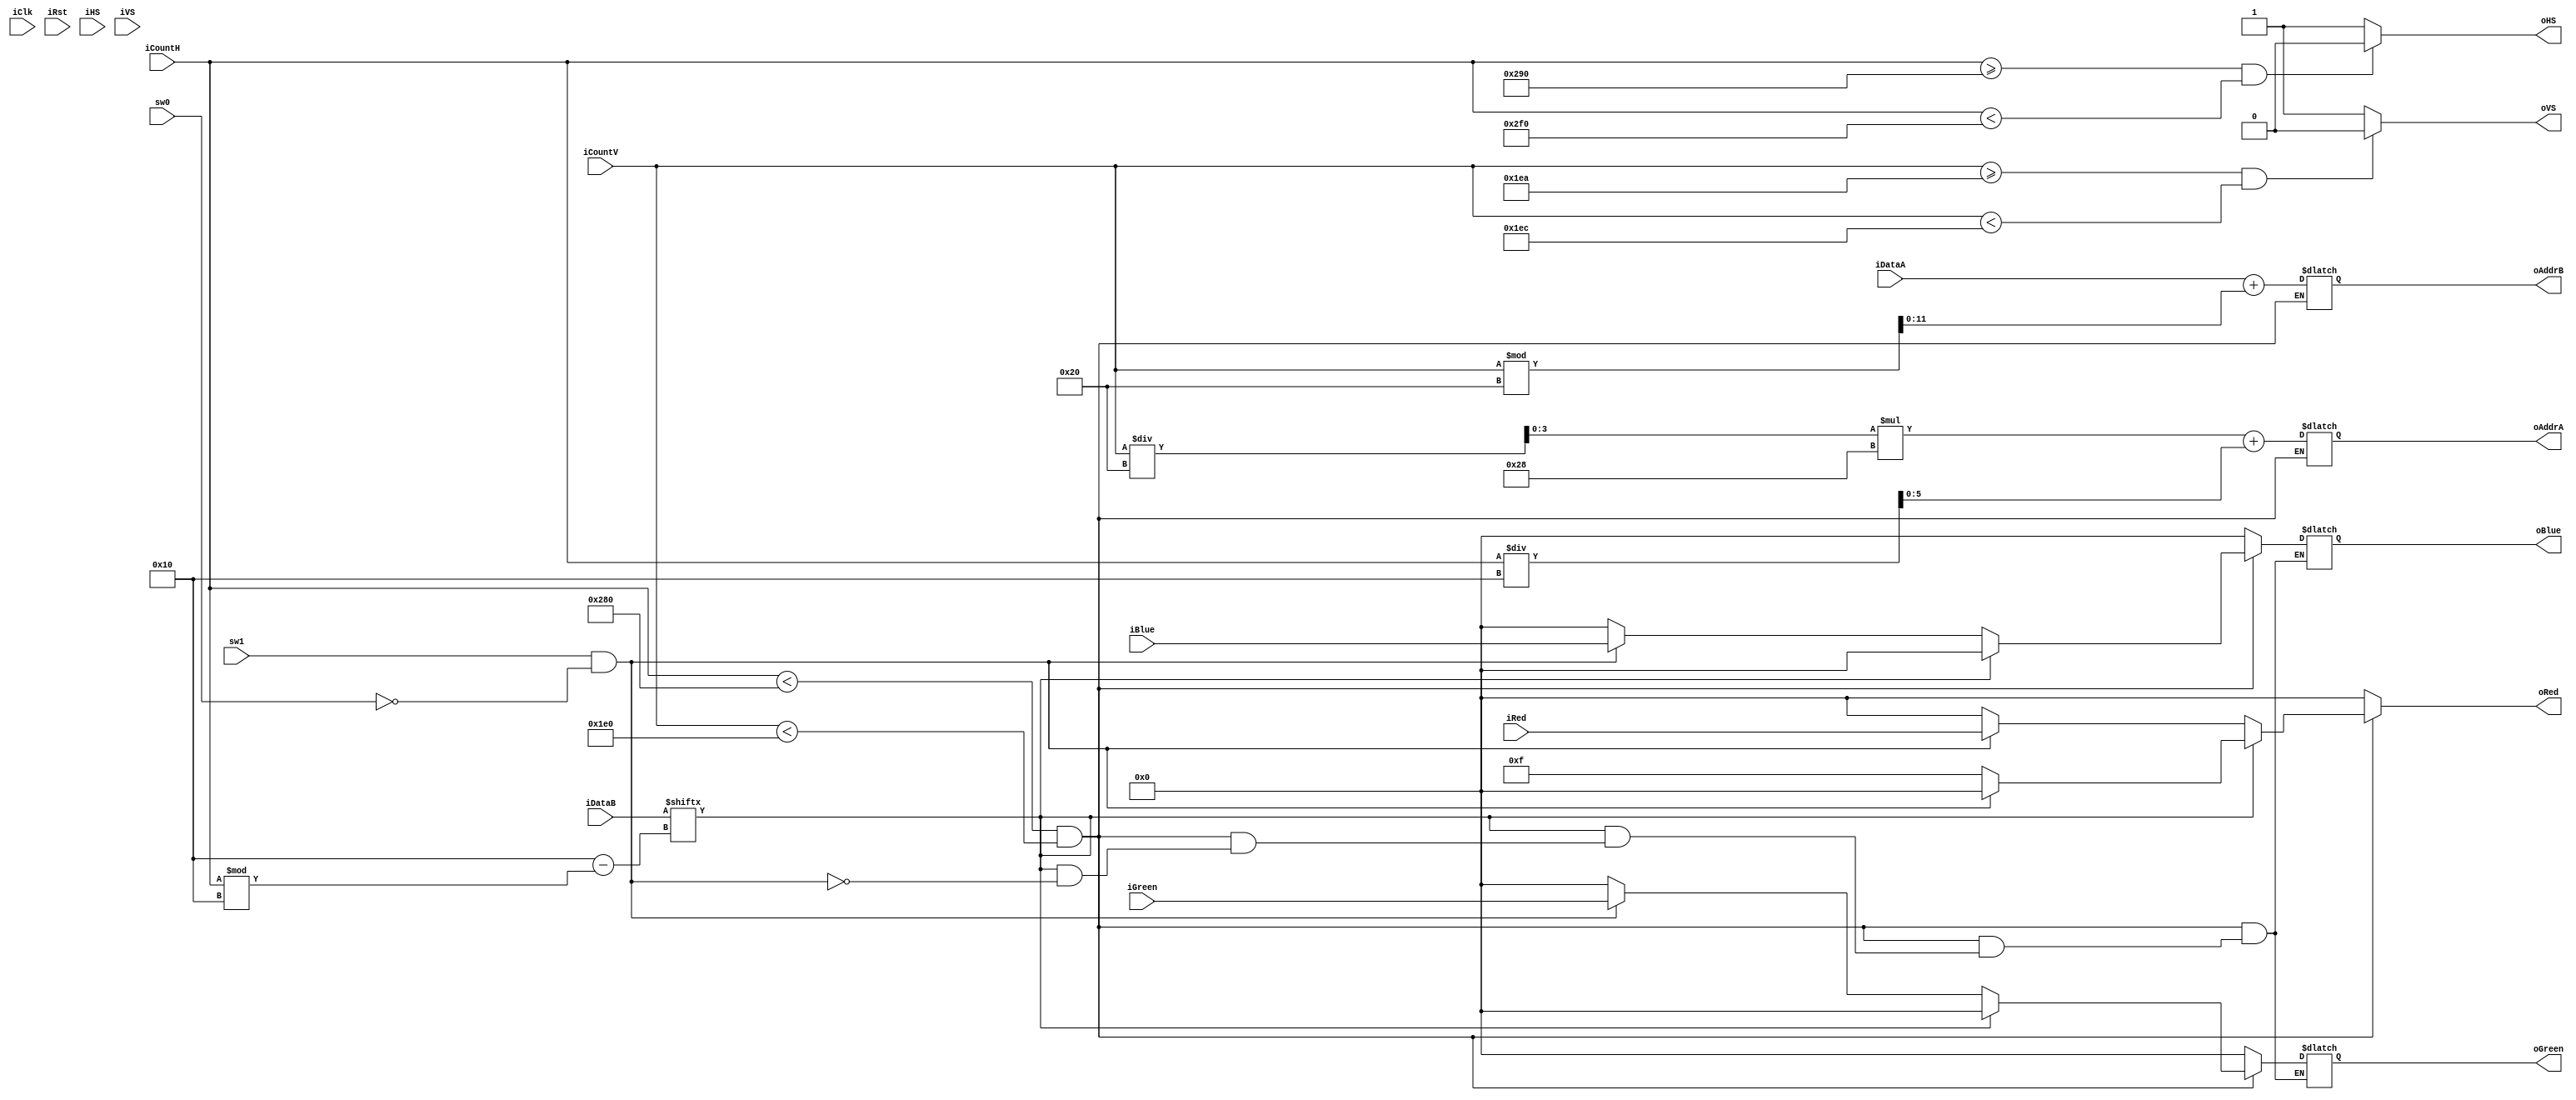
`timescale 1ns / 1ps

module VGA_pattern #(
        parameter WIDTH     = 640,
        parameter H_FP      = 16,
        parameter H_PW      = 96,
        parameter H_BP      = 48,
        parameter H_TOT     = WIDTH + H_FP + H_PW + H_BP,
        
        parameter HEIGHT    = 480,
        parameter V_FP      = 10,
        parameter V_PW      = 2,
        parameter V_BP      = 33,
        parameter V_TOT     = HEIGHT + V_FP + V_PW + V_BP
    )
    (
        input  wire iClk, iRst, iHS, iVS, sw0, sw1,
        input  wire [$clog2(H_TOT)-1:0] iCountH,
        input  wire [$clog2(V_TOT)-1:0] iCountV,
        input  wire [11:0] iDataA,
        input  wire [15:0] iDataB,
        output wire oHS, oVS,
        
        input wire [3:0] iRed, iGreen, iBlue,
        output wire [3:0] oRed, oGreen, oBlue,
        
        output wire [9:0] oAddrA,
        output wire [11:0] oAddrB
       
    );
    
    reg [3:0] r_oRed, r_oGreen, r_oBlue;
    reg [9:0] r_oAddrA;
    reg [11:0] r_oAddrB;
    reg [$clog2(40)-1:0] Cx;
    reg [$clog2(15)-1:0] Cy;
    
    assign oHS = ((iCountH >= (WIDTH + H_FP)) && (iCountH <( H_TOT-H_BP))) ? 0 : 1;
    assign oVS = ((iCountV >= (HEIGHT + V_FP)) && (iCountV < (V_TOT-V_BP))) ? 0 : 1;
    
    always @(*)
    begin
        if((iCountH < WIDTH) && (iCountV < HEIGHT))
            begin
                Cx = iCountH/16;
                Cy = iCountV/32;
                r_oAddrA = Cy * 40 + Cx;
            end  
        
        if((iCountH < WIDTH) && (iCountV < HEIGHT))
            begin
                r_oAddrB = iDataA + iCountV % 32;
            end  
        
        if((iCountH < WIDTH) && (iCountV < HEIGHT))
            begin
                if(iDataB[16 - (iCountH % 16)] == 1)
                    begin
                        if(sw1 == 1 && sw0 == 0)
                          begin
                              //r_oRed = 4'hF;
                              r_oRed = 4'h0;
                              r_oGreen = 4'h0;
                              r_oBlue = 4'h0;
                          end
                        else
                          begin
                            r_oRed = 4'hF;
                            //r_oRed = iRed;
                            //r_oGreen = iGreen;
                            //r_oBlue = iBlue;
                            //r_oRed = 4'h0;
                            //r_oGreen = 4'h0;
                            //r_oBlue = 4'h0;
                          end
                   end
        
                else
                    begin
                      if(sw1 == 1 && sw0 == 0)
                        begin
                          r_oRed = iRed;
                          r_oGreen = iGreen;
                          r_oBlue = iBlue;
                        end
                      else
                        begin
                          r_oRed = 4'h0;
                          r_oGreen = 4'h0;
                          r_oBlue = 4'h0;
                        end
                    end
            end
        else
            begin
                r_oRed = 4'h0;
                r_oGreen = 4'h0;
                r_oBlue = 4'h0;
            end
        
        /*
        if((iCountH < WIDTH) && (iCountV < HEIGHT))
            begin
                r_oRed = iDataA[11:8];
                r_oGreen = iDataA[7:4];
                r_oBlue = iDataA[3:0];
            end
        else
            begin
                r_oRed = 4'h0;
                r_oGreen = 4'h0;
                r_oBlue = 4'h0;
            end
        */
    
    end
    
    assign oRed = r_oRed;
    assign oGreen = r_oGreen;
    assign oBlue = r_oBlue;
    assign oAddrA = r_oAddrA;
    assign oAddrB = r_oAddrB;
    
endmodule